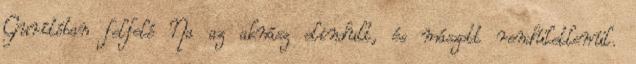
Gurítóban felfelé Na az aknász elindult, és mászott rendületlenül.